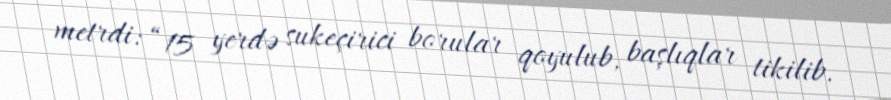
metrdi: “15 yerdə sukeçirici borular qoyulub, başlıqlar tikilib.